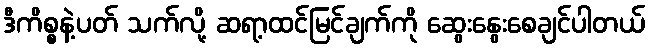
ဒီကိစ္စနဲ့ပတ် သက်လို့ ဆရာ့ထင်မြင်ချက်ကို ဆွေးနွေးစေချင်ပါတယ်